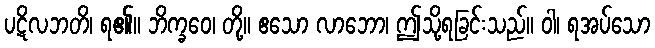
ပဋိလဘတိ၊ ရ၏။ ဘိက္ခဝေ၊ တို့။ ဧသော လာဘော၊ ဤသို့ရခြင်းသည်။ ဝါ၊ ရအပ်သော